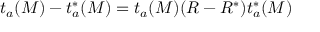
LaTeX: t _ { a } ( M ) - t _ { a } ^ { * } ( M ) = t _ { a } ( M ) ( R - R ^ { * } ) t _ { a } ^ { * } ( M )